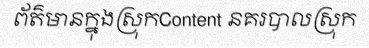
ព័ត៌មានក្នុងស្រុកContent នគរបាលស្រុក